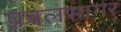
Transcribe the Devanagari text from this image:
प्रबलसागर